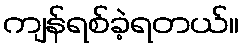
ကျန်ရစ်ခဲ့ရတယ်။